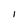
Character: I